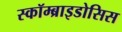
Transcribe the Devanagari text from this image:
स्कॉम्ब्राइडोसिस